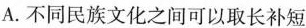
A.不同民族文化之间可以取长补短